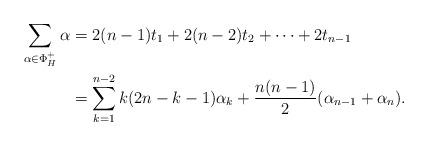
LaTeX: \begin{align*} \sum_{\alpha \in \Phi_H^{+}} \alpha &= 2(n-1)t_1+ 2(n-2) t_2 + \dots + 2 t_{n-1}\\ &= \sum_{k=1}^{n-2} k(2n-k-1)\alpha_k + \frac{n(n-1)}{2}(\alpha_{n-1}+\alpha_n).\end{align*}